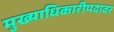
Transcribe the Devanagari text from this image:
मुख्याधिकारीपदावर